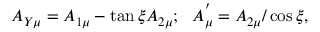
A _ { Y \mu } = A _ { 1 \mu } - \tan { \xi } A _ { 2 \mu } ; ~ ~ A _ { \mu } ^ { ' } = A _ { 2 \mu } / \cos { \xi } ,